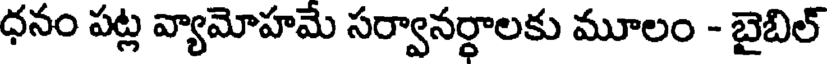
ధనం పట్ల వ్యామోహమే సర్వానర్ధాలకు మూలం - బైబిల్